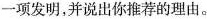
一项发明，并说出你推荐的理由。